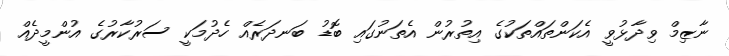
ނާޒިމް ވިދާޅުވީ އެކަންތައްތަކުގެ އިތުރުން އެތަނުގައި ބޮޑު ބަނދަރެއް ހެދުމަކީ ސަރުކާރުގެ އުންމީދެއް